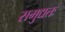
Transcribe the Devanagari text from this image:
समुद्यतः